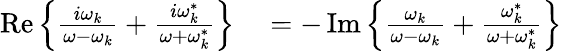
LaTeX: \begin{array}{rl}{\operatorname{Re}\left\{ \frac{i\omega_{k}}{\omega-\omega_{k}}+\frac{i\omega_{k}^{*}}{\omega+\omega_{k}^{*}}\right\} }&{{}=-\operatorname{Im}\left\{ \frac{\omega_{k}}{\omega-\omega_{k}}+\frac{\omega_{k}^{*}}{\omega+\omega_{k}^{*}}\right\} }\end{array}